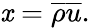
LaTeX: \mathit{x}={\overline{{{\rho}}}}{\overline{{{u}}}}.